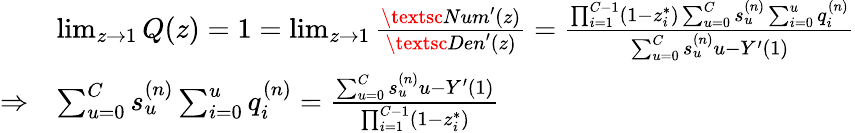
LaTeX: \begin{array}{rl}&{\operatorname*{lim}_{z\to 1}Q(z)=1=\operatorname*{lim}_{z\to 1}\frac{\textsc{Num}^{\prime}(z)}{\textsc{Den}^{\prime}(z)}=\frac{\prod_{i=1}^{C-1}(1-z_{i}^{*})\sum_{u=0}^{C}s_{u}^{(n)}\sum_{i=0}^{u}q_{i}^{(n)}}{\sum_{u=0}^{C}s_{u}^{(n)}u-Y^{\prime}(1)}}\\ {\Rightarrow}&{\sum_{u=0}^{C}s_{u}^{(n)}\sum_{i=0}^{u}q_{i}^{(n)}=\frac{\sum_{u=0}^{C}s_{u}^{(n)}u-Y^{\prime}(1)}{\prod_{i=1}^{C-1}(1-z_{i}^{*})}}\end{array}